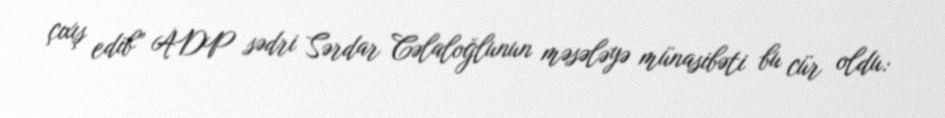
çıxış edib” ADP sədri Sərdar Cəlaloğlunun məsələyə münasibəti bu cür oldu: